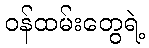
ဝန်ထမ်းတွေရဲ့